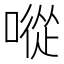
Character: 㗰